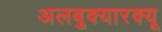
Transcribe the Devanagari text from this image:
अलबुक्यारक्यू